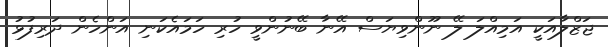
ޖަޒްލާއަކީ އަމިއްލަ ލޭ ނޫންވިޔަސް އޭނާ ބޭނުންވީ ހުރި ހަމައެކަނި އަންހެން ދަރިފުޅު